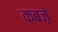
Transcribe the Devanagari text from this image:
क़बज़े